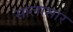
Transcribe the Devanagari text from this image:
सालासार